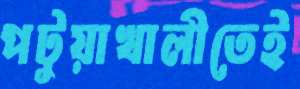
পটুয়াখালীতেই